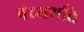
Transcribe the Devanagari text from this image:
बंध्यगति